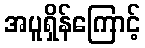
အပူရှိန်ကြောင့်